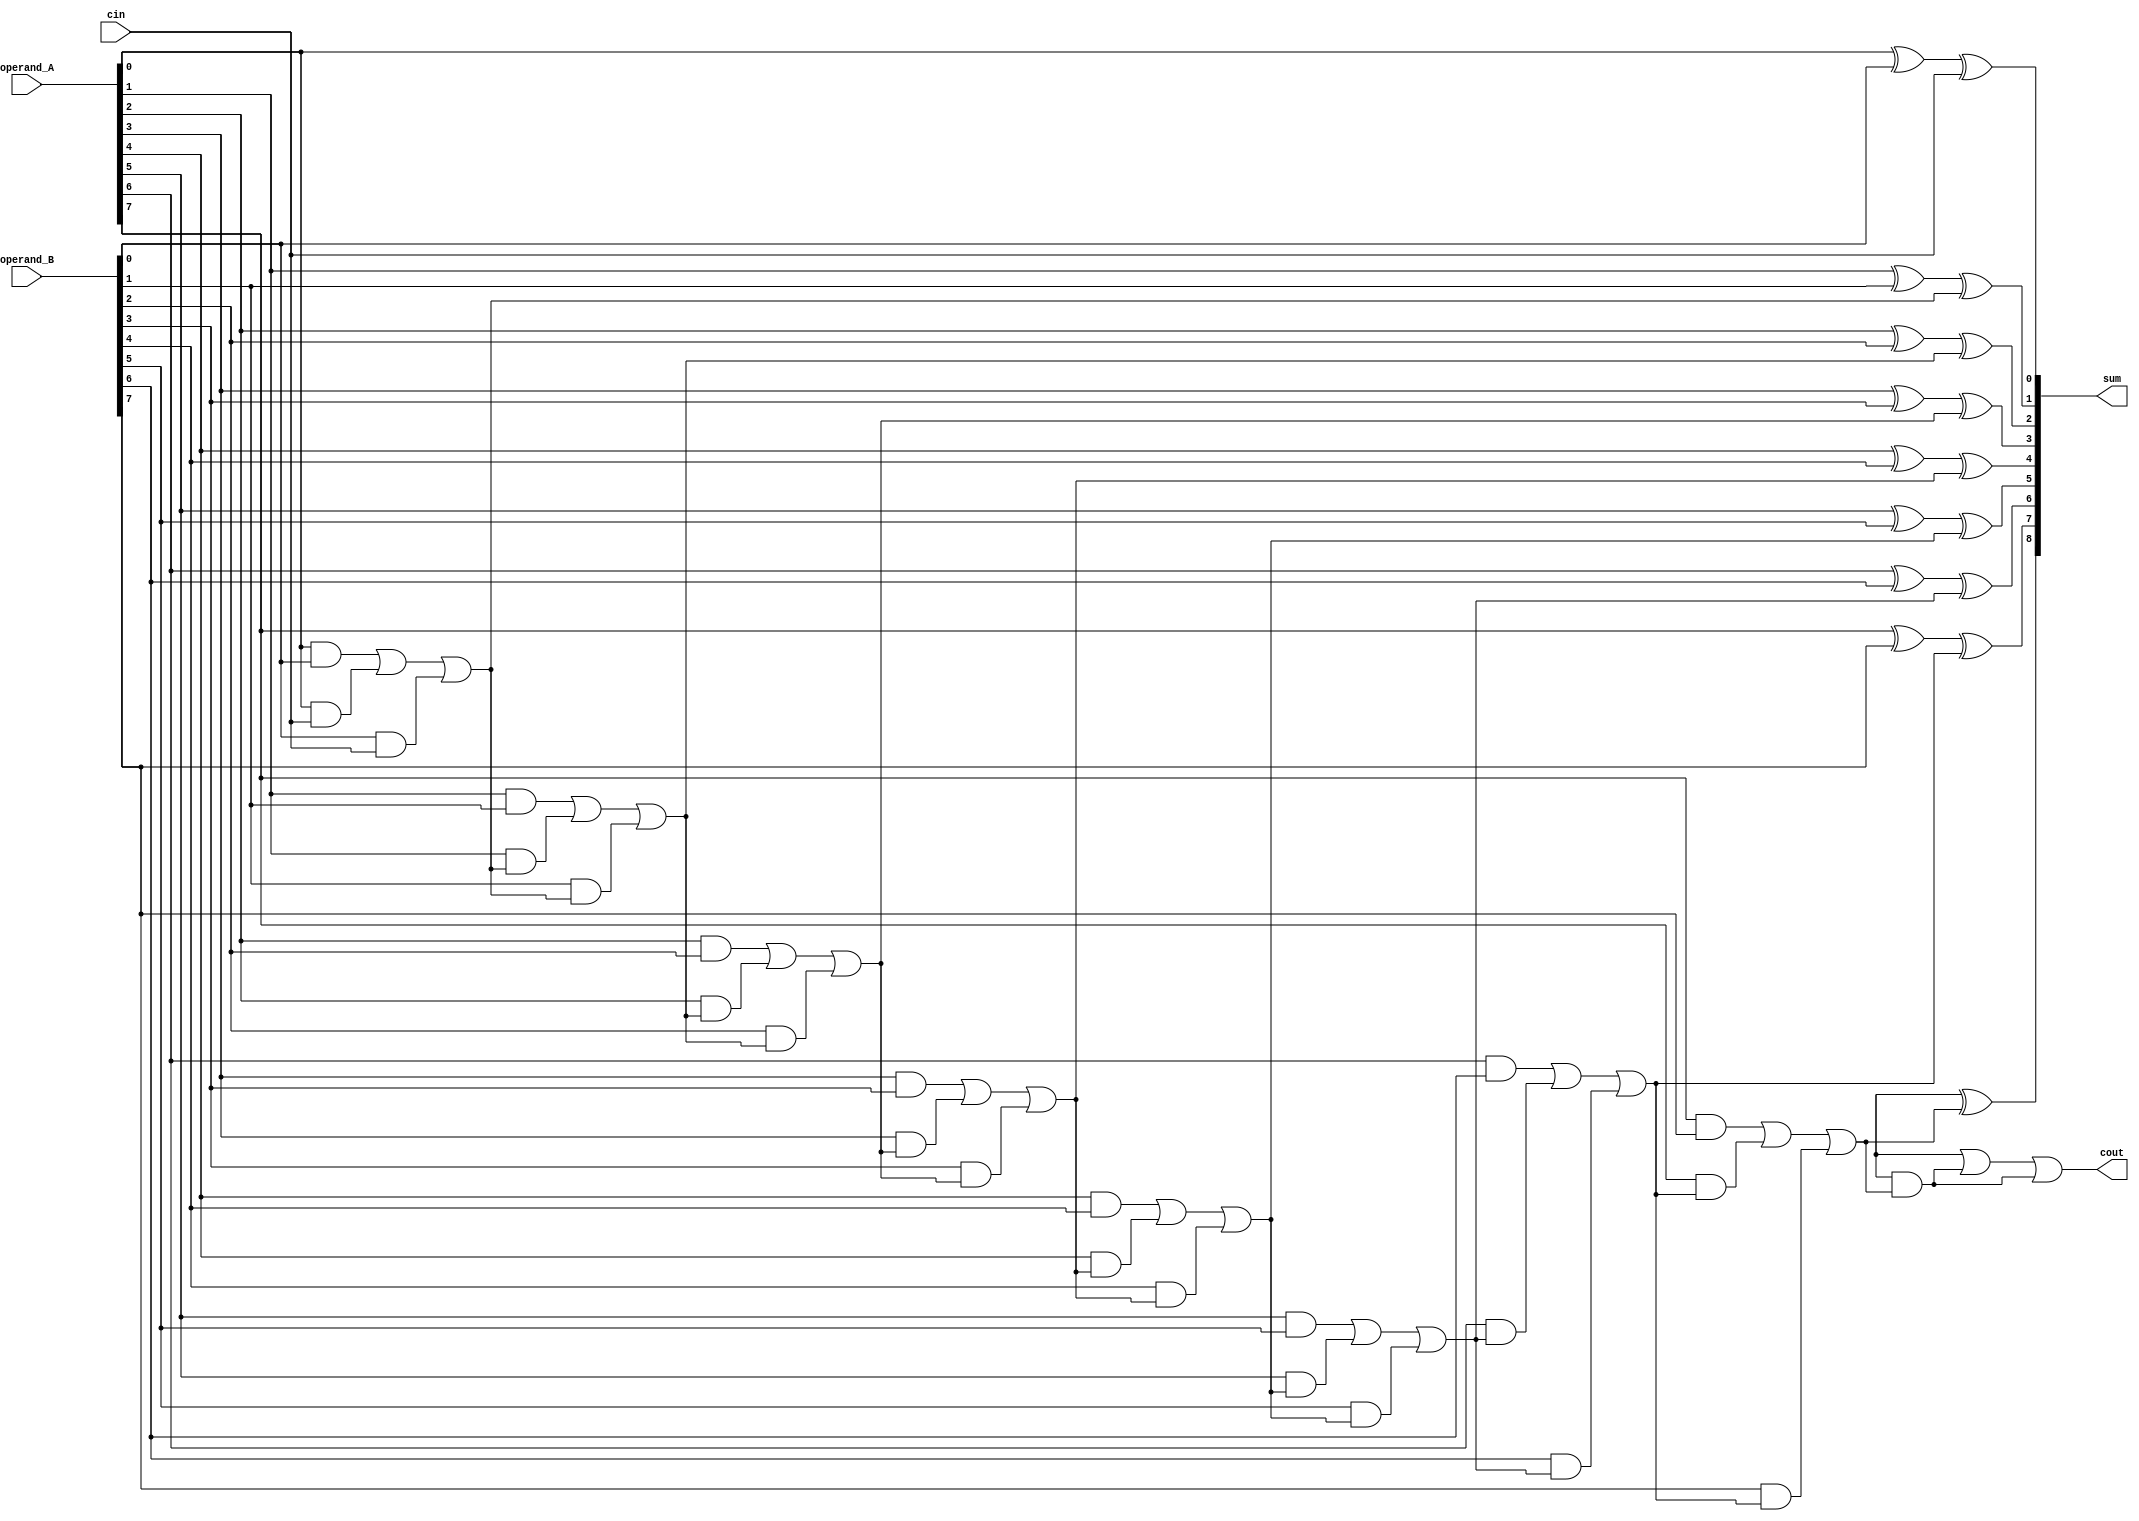
module ripple_carry_adder(
  input wire [7:0] operand_A,
  input wire [7:0] operand_B,
  input wire cin,
  output wire [8:0] sum,
  output wire cout
);

wire [7:0] carry;

assign sum[0] = operand_A[0] ^ operand_B[0] ^ cin;
assign carry[0] = (operand_A[0] & operand_B[0]) | (operand_A[0] & cin) | (operand_B[0] & cin);

genvar i;
generate
  for (i = 1; i < 8; i = i + 1) begin
    assign sum[i] = operand_A[i] ^ operand_B[i] ^ carry[i-1];
    assign carry[i] = (operand_A[i] & operand_B[i]) | (operand_A[i] & carry[i-1]) | (operand_B[i] & carry[i-1]);
  end
endgenerate

assign sum[8] = operand_A[8] ^ operand_B[8] ^ carry[7];
assign cout = (operand_A[8] & operand_B[8]) | (operand_A[8] & carry[7]) | (operand_B[8] & carry[7]);

endmodule